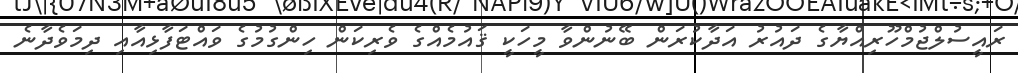
ރައީސުލްޖުމްހޫރިއްޔާގެ ދައުރު އަދާކުރަން ބޭނުންވާ މީހަކީ ޤައުމެއްގެ ވެރިކަން ހިންގުމުގެ ވައްޓަފާޅިއާއި ދިމަވެދާނެ